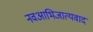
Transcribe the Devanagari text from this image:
नवआभिजात्यवाद